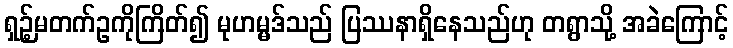
ရှဉ့်မတက်ဥကိုကြိတ်၍ မုဟမ္မဒ်သည် ပြဿနာရှိနေသည်ဟု တရွာသို့ အခဲကြောင့်